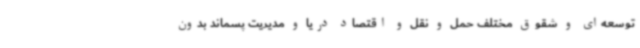
توسعه‌ای و شقوق مختلف حمل و نقل و اقتصاد دریا و مدیریت پسماند بدون